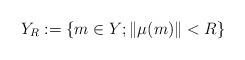
LaTeX: \begin{align*}Y_R := \{m \in Y; \|\mu(m)\| < R\}\end{align*}